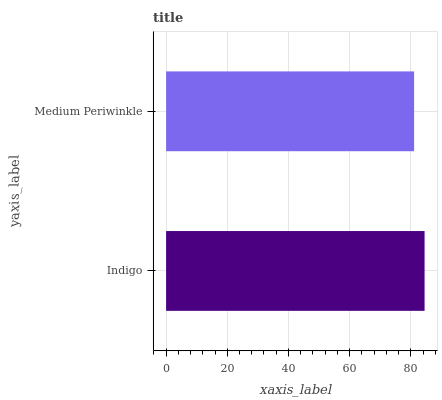
| yaxis_label | bars |
 | --- | --- |
 | Indigo | 84.5 |
 | Medium Periwinkle | 81.1 |